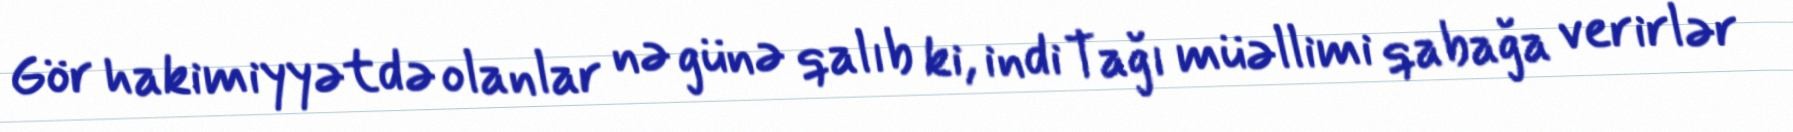
Gör hakimiyyətdə olanlar nə günə qalıb ki, indi Tağı müəllimi qabağa verirlər